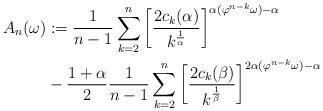
LaTeX: \begin{align*} A_n(\omega) &:= \frac{1}{n-1}\sum_{k=2}^n\left[\frac{2c_k(\alpha)}{k^{\frac{1}{\alpha}}}\right]^{\alpha(\varphi^{n-k}\omega) - \alpha} \\&- \frac{1+ \alpha }{2} \frac{1}{n-1} \sum_{k=2}^n \left[\frac{2c_k(\beta)}{k^{\frac{1}{\beta}}}\right]^{2\alpha(\varphi^{n-k}\omega) - \alpha}\end{align*}